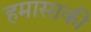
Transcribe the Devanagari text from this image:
हमासाकी